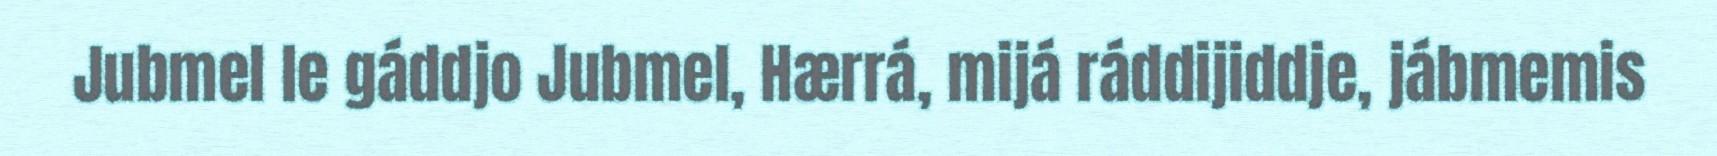
Jubmel le gáddjo Jubmel, Hærrá, mijá ráddijiddje, jábmemis